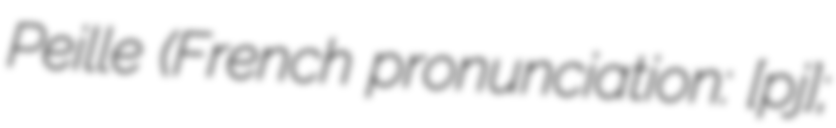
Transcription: Peille (French pronunciation: ​[pɛj];